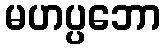
မဟပ္ပဘော